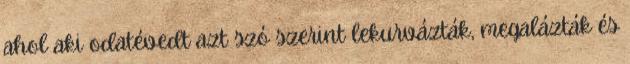
ahol aki odatévedt azt szó szerint lekurvázták, megalázták és